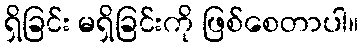
ရှိခြင်း မရှိခြင်းကို ဖြစ်စေတာပါ။